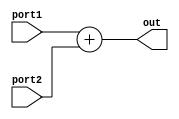
// Add.v

module add(
	input wire [31:0] port1, port2,
	output reg [31:0] out);
	
	always @(*) begin
		out <= port1 + port2;
	end
endmodule